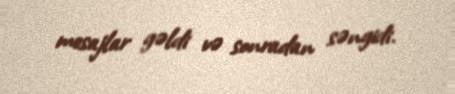
mesajlar gəldi və sonradan səngidi.